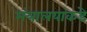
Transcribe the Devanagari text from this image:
मंत्रालयांकडे